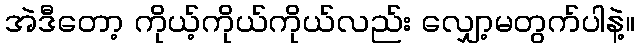
အဲဒီတော့ ကိုယ့်ကိုယ်ကိုယ်လည်း လျှော့မတွက်ပါနဲ့။